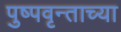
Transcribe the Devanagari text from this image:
पुष्पवृन्ताच्या